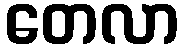
တေလာ